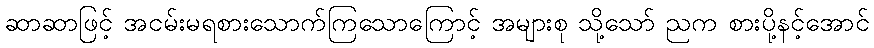
ဆာဆာဖြင့် အငမ်းမရစားသောက်ကြသောကြောင့် အများစု သို့သော် ညက စားပို့နင့်အောင်